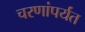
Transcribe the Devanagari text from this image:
चरणांपर्यंत